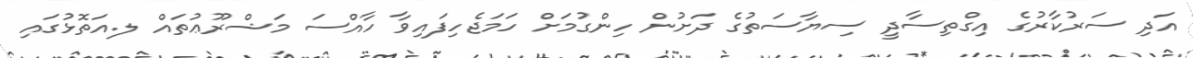
އަދި ސަރުކާރުގެ އިގްތިސާދީ ސިޔާސަތުގެ ދަށުން ހިންގުމަށް ހަމަޖެހިފައިވާ ހާއްސަ މަޝްރޫޢުތައް ލ.އަތޮޅުގައި